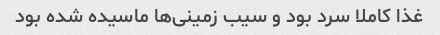
غذا کاملا سرد بود و سیب زمینی‌ها ماسیده شده بود